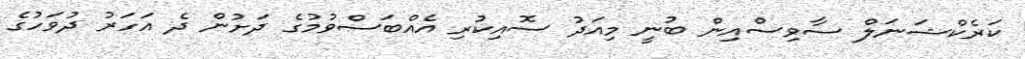
ކަރެކްޝަނަލް ސާވިސްއިން ބުނީ މިއަދު ސޮއިކުރި އެއްބަސްވުމުގެ ދަށުން ދެ އަހަރު ދުވަހުގެ